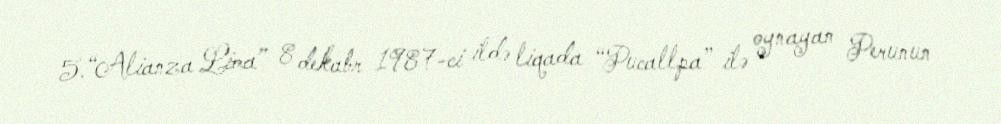
5.“Alianza Lima” 8 dekabr 1987-ci ildə liqada “Pucallpa” ilə oynayan Perunun